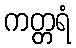
ကတ္တရံ